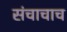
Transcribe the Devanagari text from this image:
संचाचाच